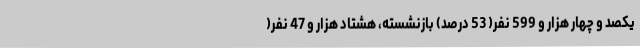
یکصد و چهار هزار و 599 نفر( 53 درصد) بازنشسته، هشتاد هزار و 47 نفر(